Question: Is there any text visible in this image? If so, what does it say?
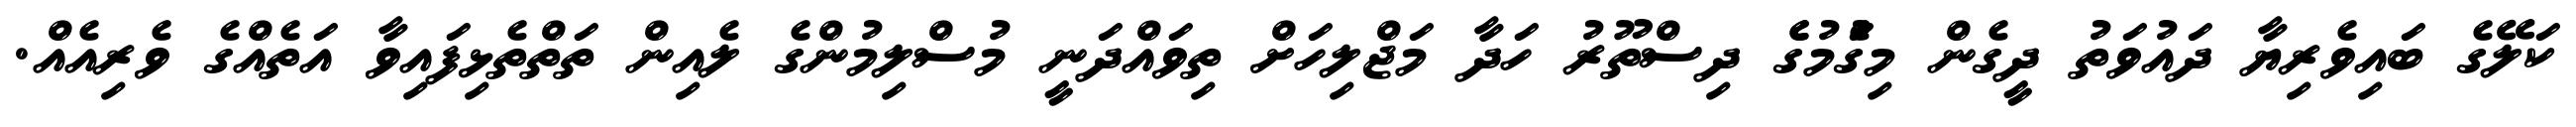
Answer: ކަލޭގެ ބައިވެރިޔާ ދައުވަތު ދީގެން މިގަެުމުގެެ ދިސްތޫރު ހަދާ މަޖްލިހަށް ތިވައްދަނީ މުސްލިމުންގެ ލެއިން ތަތްތެޅިފައިވާ އަތެއްގެ ވެރިއެއް.